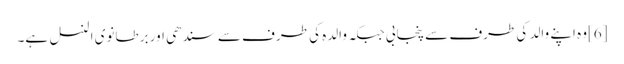
[6]وہ اپنے والد کی طرف سے پنجابی جبکہ والدہ کی طرف سے سندھی اور برطانوی النسل ہے۔